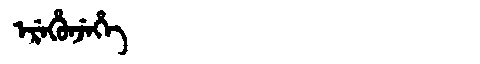
Manchu: ᡝᡵᡝᡥᡠᠨᠵᡝᡥᡝ
Romanization: EREHUNJEHE